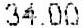
34.00